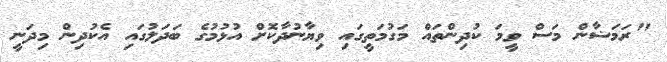
"ރަމަޟާން މަސް ވީމަ ކުދިންތައް މަގުމަތީގައި ވިޔާނުދާކޮށް އުޅުމުގެ ބަދަލުގައި އެކުދިން މިދަނީ